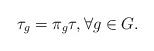
LaTeX: \begin{align*}\tau_g =\pi_g \tau, \forall g \in G.\end{align*}